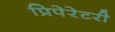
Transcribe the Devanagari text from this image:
प्रिपेरेटरी